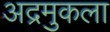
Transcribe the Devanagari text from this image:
अद्रमुकला